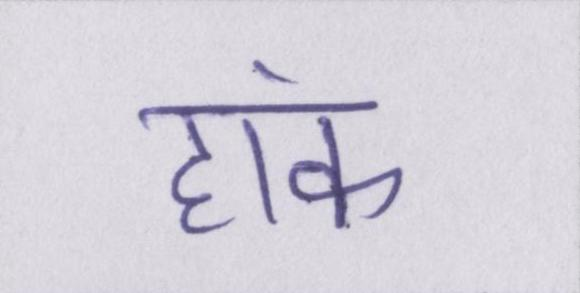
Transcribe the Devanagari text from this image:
हांक